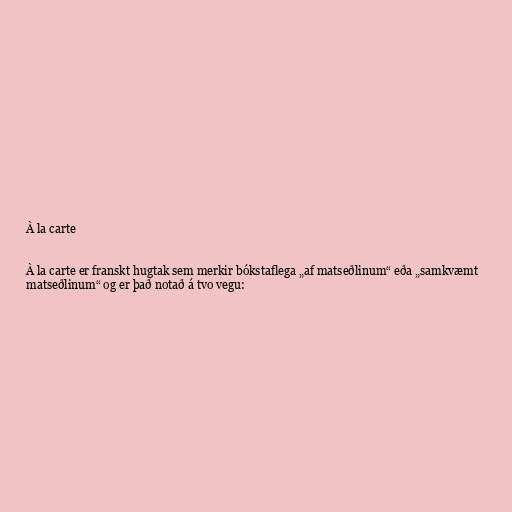
À la carte

À la carte er franskt hugtak sem merkir bókstaflega „af matseðlinum“ eða „samkvæmt
matseðlinum“ og er það notað á tvo vegu: